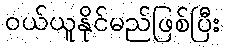
ဝယ်ယူနိုင်မည်ဖြစ်ပြီး